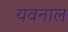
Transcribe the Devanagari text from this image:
यवनाल